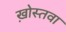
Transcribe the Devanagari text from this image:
ख़ोस्तवा